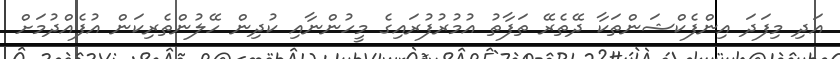
އަދި މިފަދަ އިންފެކްޝަންތަކާ ދޭތެރޭ ތަފާތު އުމުރުފުރައިގެ މީހުންނާއި ކުދިން ހޭލުންތެރިކަން އުފެއްދުމަށް